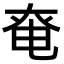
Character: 𡘤